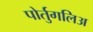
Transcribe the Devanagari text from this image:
पोर्तुगलिअ